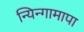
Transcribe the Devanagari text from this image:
न्यिन्गामापा